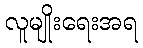
လူမျိုးရေးအရ